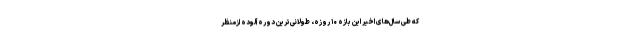
که طی سال‌های اخیر این بازه ۱۰ ‌روزه، طولانی‌ترین دوره آلوده ازمنظر